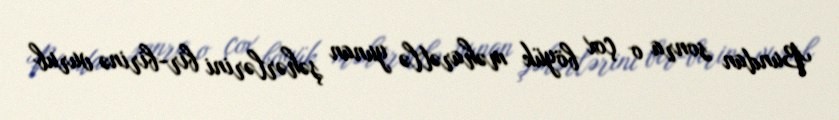
Bundan sonra o çox böyük məharətlə yunan şəhərlərini bir-birinə vurub